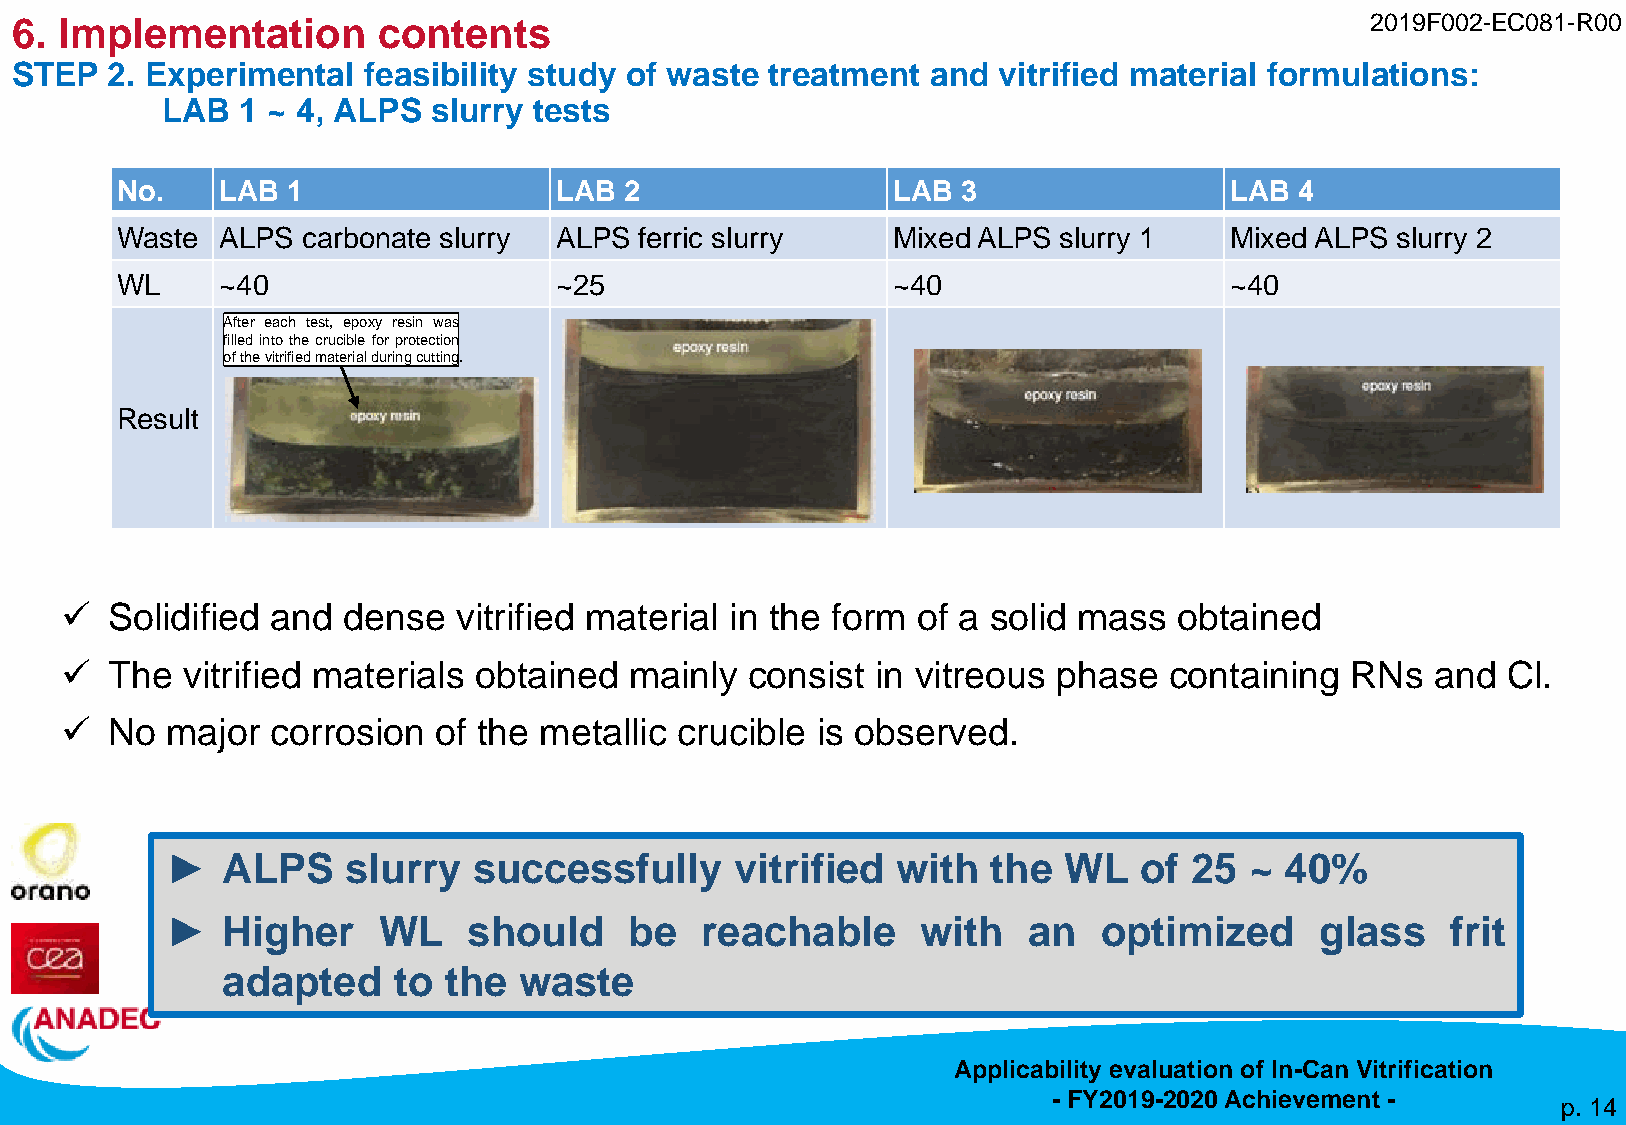
6. Implementation       contents                                                          2019F002-EC081-R00
 STEP  2. Experimental  feasibility study of waste treatment  and vitrified material formulations:
 LAB  1 ~ 4, ALPS  slurry tests
 No.    LAB 1                 LAB 2                 LAB  3                LAB  4
 Waste  ALPS carbonate slurry ALPS ferric slurry    Mixed ALPS slurry 1   Mixed ALPS slurry 2
 WL     ~40                   ~25                   ~40                   ~40
 After each test, epoxy resin was
 filledintothecrucibleforprotection
 ofthevitrifiedmaterialduringcutting.
 Result
 ✓  Solidified and  dense  vitrified material in the form of a solid mass  obtained
 ✓  The  vitrified materials obtained  mainly consist  in vitreous phase  containing  RNs   and  Cl.
 ✓  No  major  corrosion  of the metallic crucible is observed.
 ►   ALPS    slurry  successfully      vitrified with   the WL   of  25  ~ 40%
 ►   Higher    WL    should     be  reachable      with   an   optimized     glass    frit
 adapted    to the  waste
 Applicability evaluation of In-Can Vitrification
 - FY2019-2020 Achievement -
 p. 14